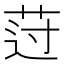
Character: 𰰾